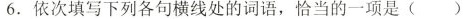
6. 依次填写下列各句横线处的词语，恰当的一项是 ( )